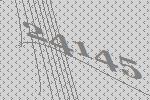
24145